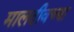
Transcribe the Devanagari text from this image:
मालदीवच्या